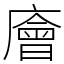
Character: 廥